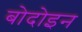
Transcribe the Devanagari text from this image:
बोदोइन